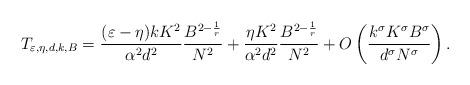
LaTeX: \begin{align*}T_{\varepsilon,\eta,d,k,B}=\frac{(\varepsilon-\eta) kK^2}{\alpha^2 d^2}\frac{B^{2-\frac{1}{r}}}{N^2}+\frac{\eta K^2 }{\alpha^2 d^2}\frac{B^{2-\frac{1}{r}}}{N^2}+O\left(\frac{k^\sigma K^\sigma B^\sigma}{d^\sigma N^\sigma}\right).\end{align*}